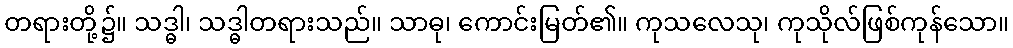
တရားတို့၌။ သဒ္ဓါ၊ သဒ္ဓါတရားသည်။ သာဓု၊ ကောင်းမြတ်၏။ ကုသလေသု၊ ကုသိုလ်ဖြစ်ကုန်သော။